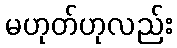
မဟုတ်ဟုလည်း